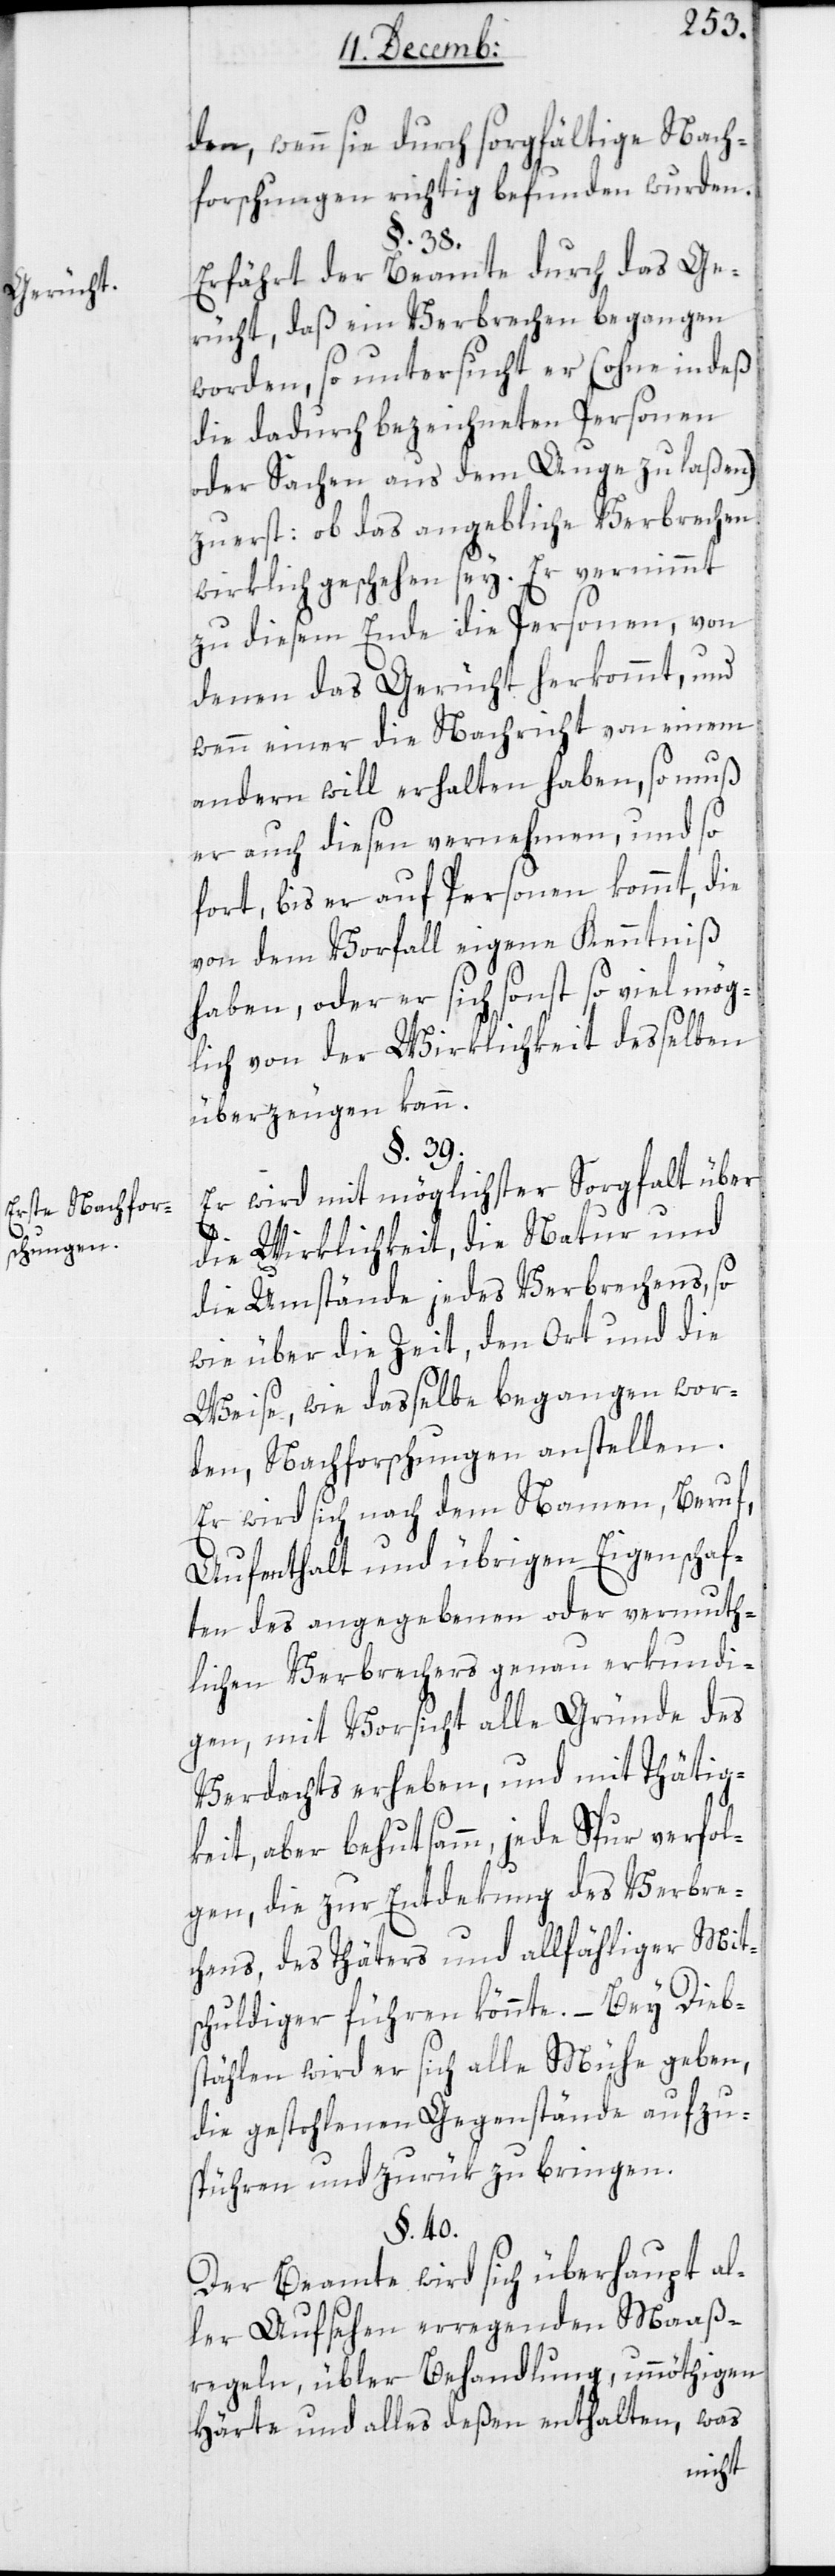
Gerücht.
Erste Nachfor¬
schungen.

den, wenn sie durch sorgfältige Nach¬
forschungen richtig befunden wurden.
§. 38.
Erfährt der Beamte durch das Ge¬
richt, daß ein Verbrechen begangen
worden, so untersucht er (ohne indeß
die dadurch bezeichneten Personen
oder Sachen aus dem Auge zu laßen)
zuerst: ob das angebliche Verbrechen
wirklich geschehen sey. Er vernimmt
zu diesem Ende die Personen, von
denen das Gerücht herkommt, und
wenn einer die Nachricht von einem
andern will erhalten haben, so muß
er auch diesen vernehmen, und so
fort, bis er auf Personen kommt, die
von dem Vorfall eigene Kenntniß
haben, oder er sich sonst so viel mög¬
lich von der Wirklichkeit desselben
überzeugen kann.
§. 39.
Er wird mit möglichster Sorgfalt über
die Wirklichkeit, die Natur und
die Umstände jedes Verbrechens, so
wie über die Zeit, den Ort und die
Weise, wie dasselbe begangen wor¬
den, Nachforschungen anstellen.
Er wird sich nach dem Namen, Beruf,
Aufenthalt und übrigen Eigenschaf¬
ten des angegebenen oder vermuth¬
lichen Verbrechers genau erkundi¬
gen, mit Vorsicht alle Gründe des
Verdachts erheben, und mit Thätig¬
keit , aber behutsamm, jede Spur verfol¬
gen, die zur Entdekung des Verbre¬
chens, des Täters und allfähliger Mits¬
chuldiger führen könnte. – Bey Dieb¬
stählen wird er sich alle Mühe geben,
die gestohlenen Gegenstände aufzu¬
spüren und zurük zu bringen.
§. 40.
Der Beamte wird sich überhaupt al¬
ler Aufsehen errregenden Maaß¬
regeln, übler Behandlung, unnöthigen
Härte und alles deßen enthalten , was